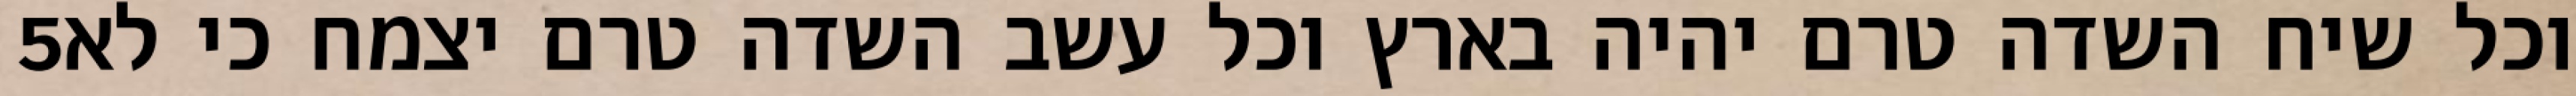
‎5‏ וכל שיח השדה טרם יהיה בארץ וכל עשב השדה טרם יצמח כי לא